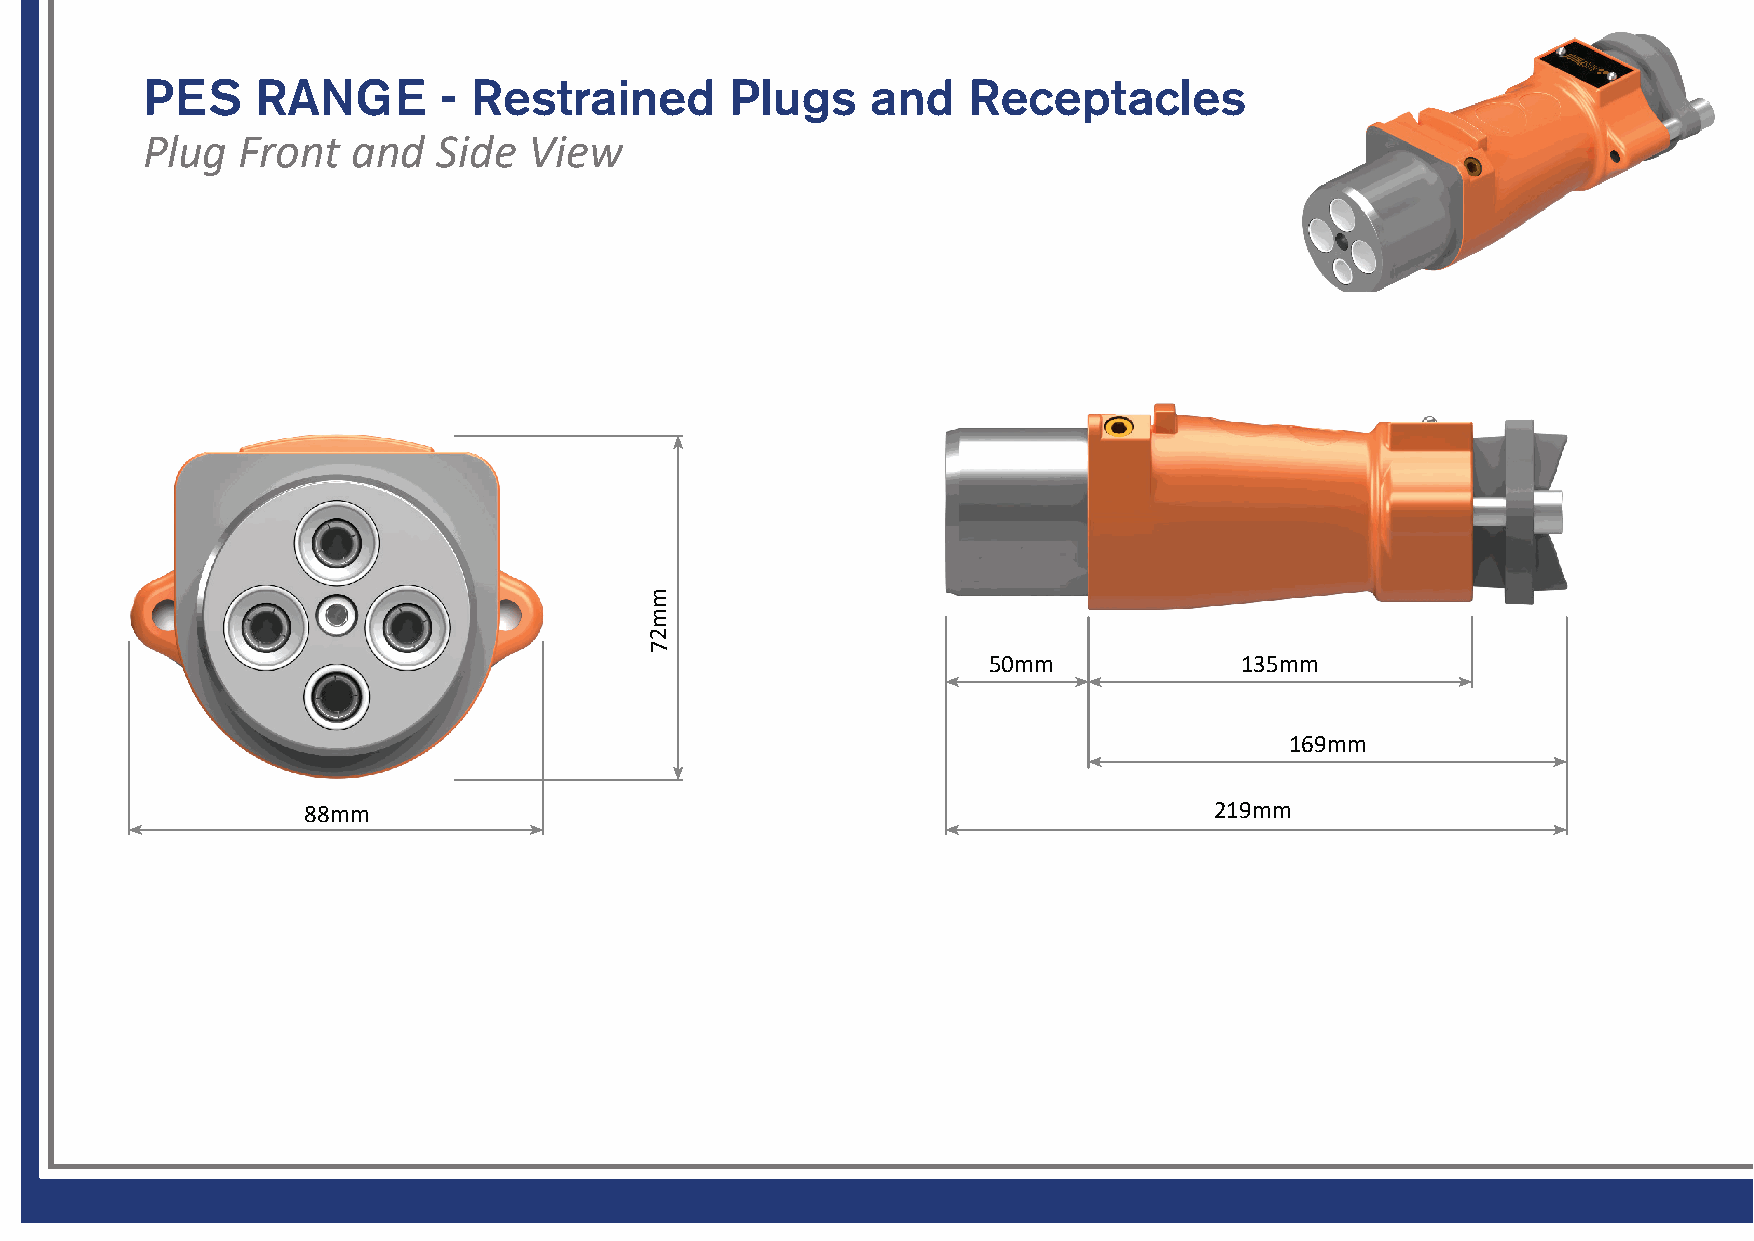
PES     RANGE       - Restrained       Plugs     and   Receptacles
 Plug   Front  and   Side  View
 m
 m
 2
 7
 50mm             135mm
 169mm
 88mm                                                        219mm